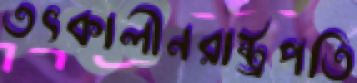
তৎকালীনরাষ্ট্রপতি